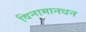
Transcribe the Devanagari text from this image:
विनामानधन